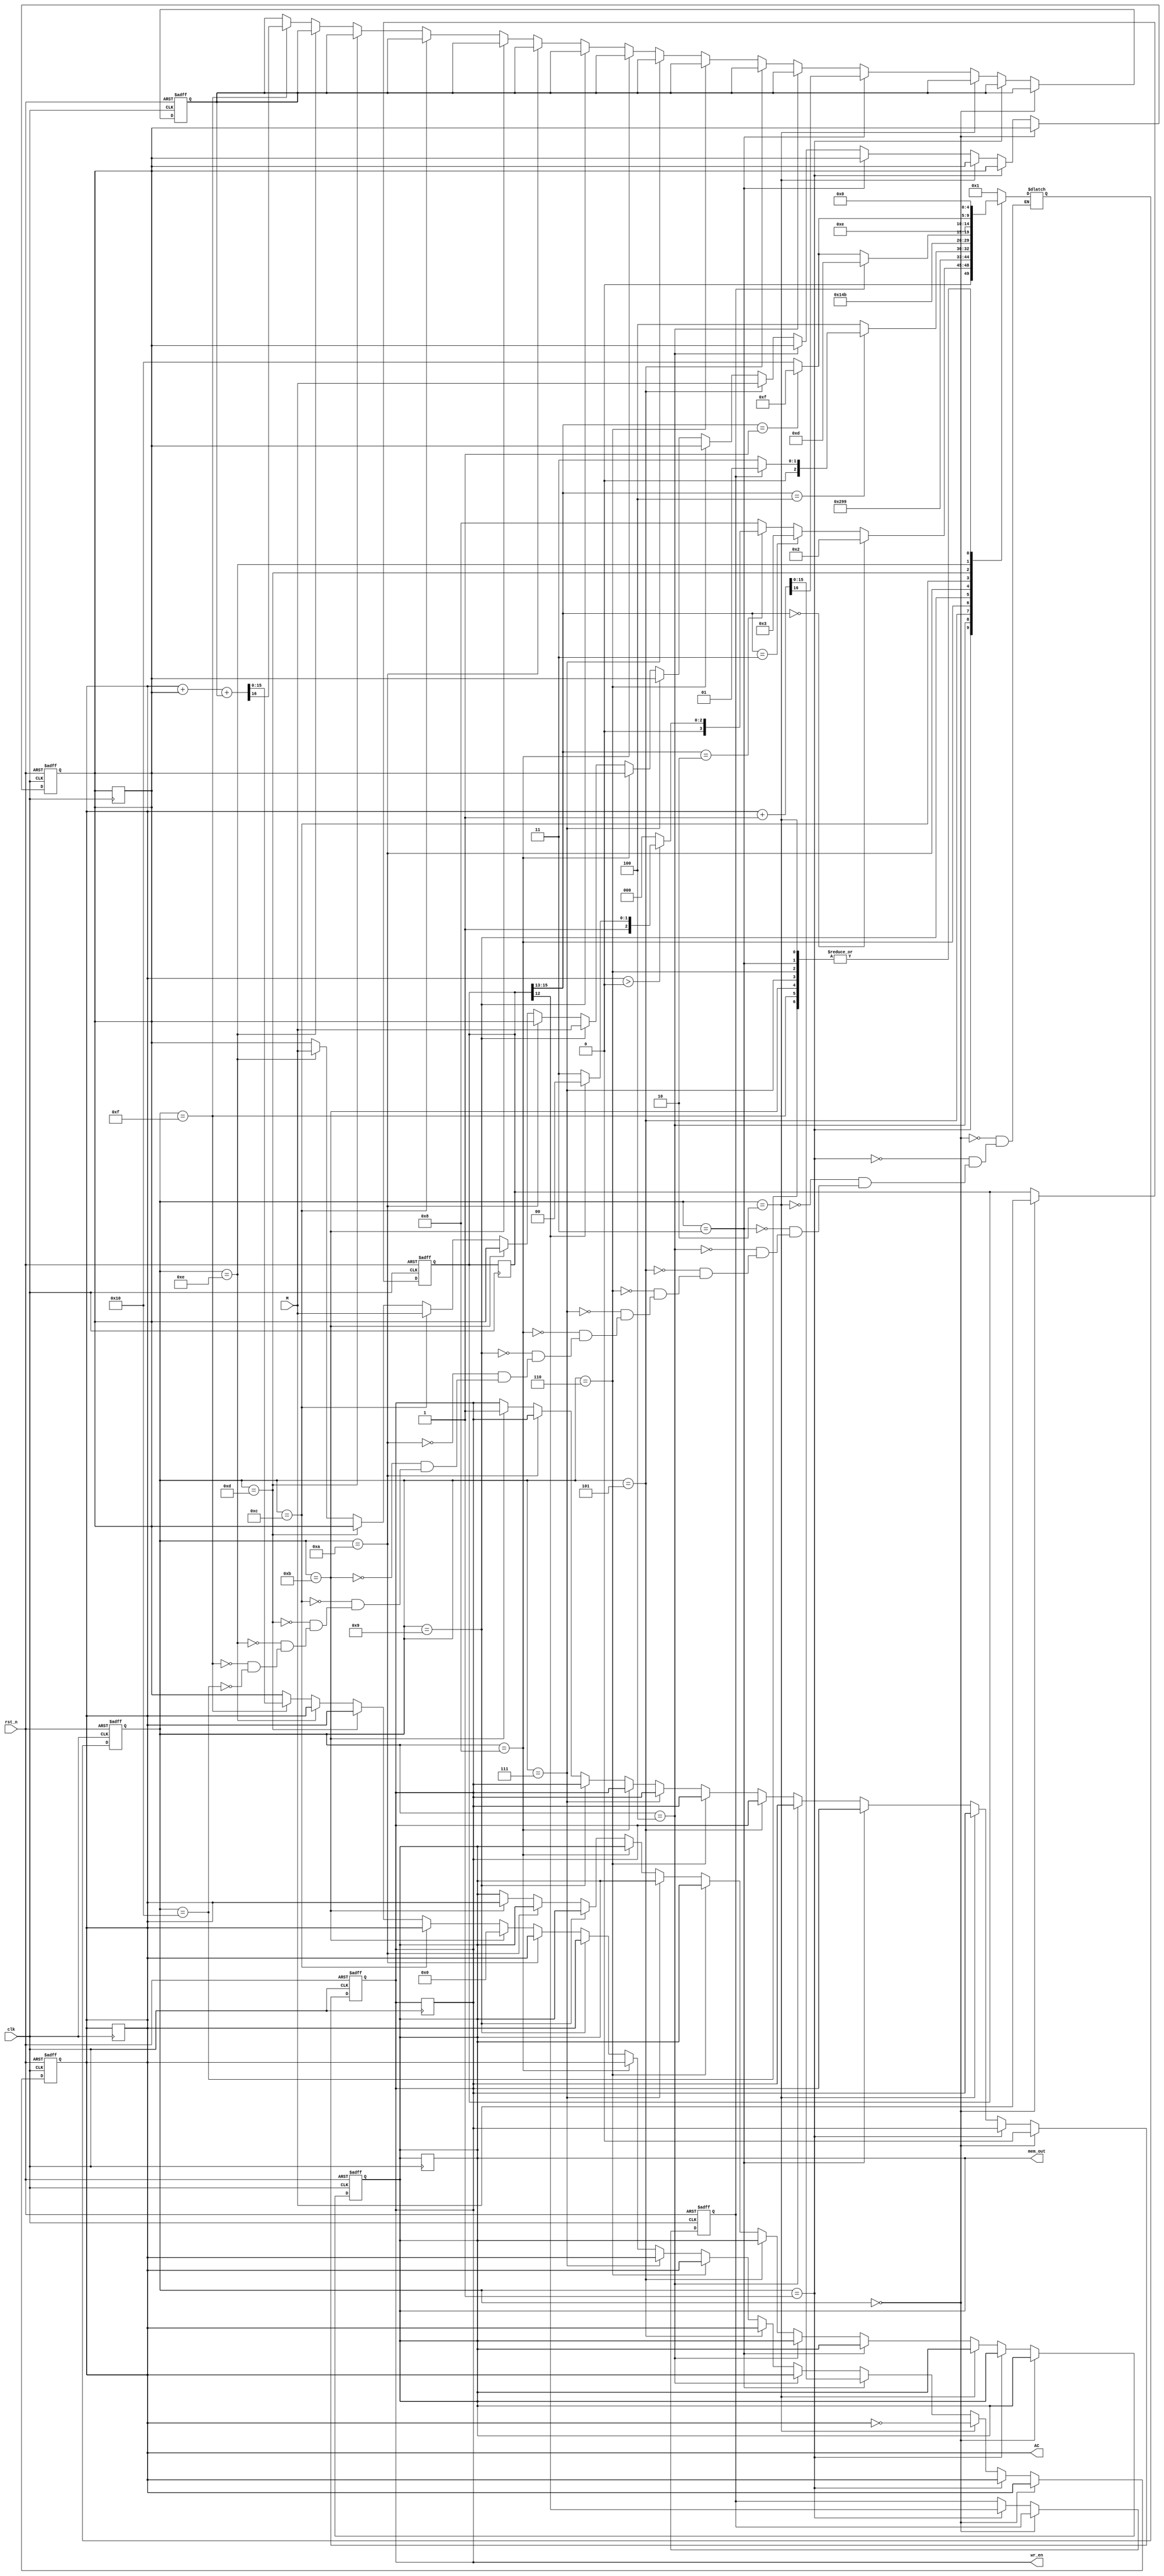

module processor(clk, rst_n, AC, mem_out, wr_en, M
    );
    
    input                               clk;            //Clock
    input                               rst_n;          //Reset
      
    input           [15:0]              M;              //Instruction and Data Input
    
    output          [15:0]              AC;             //Accumulator
    output          [15:0]              mem_out;        //Output data to be written to memory
    output                              wr_en;          //Memory write enable
                                
    reg             [15:0]              IR;             //Instruction Register
    reg             [15:0]              MD;             //Memory Data Register
    reg             [11:0]              PC;             //Program Counter
    reg             [11:0]              MA;             //Memory Address Register
    reg             [15:0]              AC;             //Accumulator

    
    reg                                 AM;             //AM bit (bit 12)      
    reg             [15:0]              mem_out;
    reg                                 wr_en;
    
    reg                                 C;              //Carry
   
    reg             [4:0]               PRstate;        //Present State
    reg             [4:0]               NXstate;        //Next State
    
	 
    //States
    localparam                          S0 = 5'd0;      //State 0
    localparam                          S1 = 5'd1;      //State 1
    localparam                          S2 = 5'd2;      //State 2
    localparam                          S3 = 5'd3;      //State 3
    localparam                          S4 = 5'd4;      //State 4
    localparam                          S5 = 5'd5;      //State 5
    localparam                          S6 = 5'd6;      //State 6
    localparam                          S7 = 5'd7;      //State 7
    localparam                          S8 = 5'd8;      //State 8
    localparam                          S9 = 5'd9;      //State 9
    localparam                          S10 = 5'd10;    //State 10
    localparam                          S11 = 5'd11;    //State 11
    localparam                          S12 = 5'd12;    //State 12
    localparam                          S13 = 5'd13;    //State 13
    localparam                          S14 = 5'd14;    //State 14
    localparam                          S15 = 5'd15;    //State 15
    localparam                          S16 = 5'd16;    //State 16
    
    //Opcodes
    localparam                          NOT = 3'b000;   //Not
    localparam                          ADC = 3'b001;   //Add with Carry
    localparam                          JPA = 3'b010;   //Jump
    localparam                          INC = 3'b011;   //Increment
    localparam                          STA = 3'b100;   //Store and Clear
    localparam                          LDA = 3'b101;   //Load Accumulator
    
    
    
    //Defining Present State of processor
    always @(posedge clk or negedge rst_n)
    begin
        if(!rst_n)
            PRstate <= S0;           
        else
		begin
            PRstate <= NXstate;
			IR 		<= IR;
            MD 		<= MD;
            AC 		<= AC;
            PC 		<= PC;
            MA 		<= MA;
            mem_out <= mem_out;
            wr_en 	<= wr_en;
		end
    end


    //Defining Next state of processor
    always @(*)
    begin
            case(PRstate)
            S0: NXstate <= S1;
            S1: begin
                    if(IR[15:13] == NOT)
                        NXstate <= S2;
                    else if(IR[15:13] == INC)
                        NXstate <= S3;
                    else if(IR[15:13] == JPA)
                    begin
                        if(AC > 0)
                        begin
                            if(IR[12] == 1'b1)              // AM = 1 		   
                                NXstate <= S4;
                            else
                                NXstate <= S7;
                        end
                        else
                            NXstate <= S0;
                    end
                    else
                        NXstate <= S8;
                end
            S2: NXstate <= S0;
            S3: NXstate <= S0;
            S4: NXstate <= S5;
            S5: NXstate <= S6;
            S6: NXstate <= S0;
            S7: NXstate <= S0;
            S8: begin
                    if(IR[15:13] == STA)
                    begin
                        if(AM)
                            NXstate <= S9;
                        else
                            NXstate <= S11;
                    end
                    else
                        NXstate <= S12;
                end
            S9: NXstate <= S10;
            S10: NXstate <= S11;
            S11: NXstate <= S0;
            S12: begin
                    if(AM)
                        NXstate <= S13;
                    else if(IR[15:13] == ADC)
                        NXstate <= S15;
                    else
                        NXstate <= S16;
                 end
            S13: NXstate <= S14;
            S14: begin
                    if(IR[15:13] == ADC)
                        NXstate <= S15;
                    else
                        NXstate <= S16;
                 end
            S15: NXstate <= S0;
            S16: NXstate <= S0;
            endcase
    end
    
    
    //Defining instructions for different states
    always @(posedge clk or negedge rst_n)
    begin
        if(!rst_n)
        begin
            IR 		<= 16'd0;
            MD 		<= 16'd0;
            AC 		<= 16'd0;
            PC 		<= 12'd0;
            MA 		<= 12'd0;
            mem_out <= 16'd0;
            wr_en 	<= 1'd0;
			C	    <= 1'd0;
			AM 	    <= 1'd0;
        end
		  
        else if(PRstate == S0)
        begin
            IR[15:0] <= M[15:0];                                    //IR <= M[PC];
            wr_en <= 1'd0;
        end
        else if(PRstate == S1)
        begin
            PC <= PC + 1'b1;
            AM <= IR[12];
        end
        else if(PRstate == S2)
        begin
            AC <= ~AC;
        end
        else if(PRstate == S3)
        begin
            {C, AC} <= AC + 1'b1;
        end
        else if(PRstate == S4)
        begin
            MA <= IR[11:0];
        end
        else if(PRstate == S5)
        begin
            MD <= M;
        end
        else if(PRstate == S6)
        begin
            PC <= MD[11:0];                     
        end
        else if(PRstate == S7)
        begin
            PC <= IR[11:0]; 
        end
        else if(PRstate == S8)
        begin
            MA <= IR[11:0];
        end
        else if(PRstate == S9)
        begin
            MD <= M;
        end
        else if(PRstate == S10)
        begin	
            MA <= MD[11:0];           
        end
        else if(PRstate == S11)
        begin
            mem_out <= AC;
            wr_en <= 1'b1;
            AC <= 16'b0;
        end
        else if(PRstate == S12)
        begin
            MD <= M;
        end
        else if(PRstate == S13)
        begin
            MA <= MD[11:0];
        end
        else if(PRstate == S14)
        begin
            MD <= M;
        end
        else if(PRstate == S15)
        begin
            {C, AC} <= AC + MD + C;
				
        end
        else 
        begin
            AC <= MD;
        end
    end
    
    
endmodule